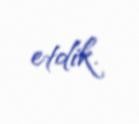
etdik.